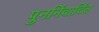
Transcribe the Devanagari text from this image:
पुनर्निवार्चित